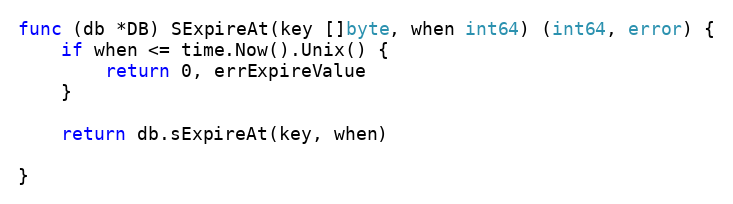
Language: Go
func (db *DB) SExpireAt(key []byte, when int64) (int64, error) {
	if when <= time.Now().Unix() {
		return 0, errExpireValue
	}

	return db.sExpireAt(key, when)

}